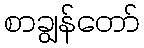
စာချွန်တော်